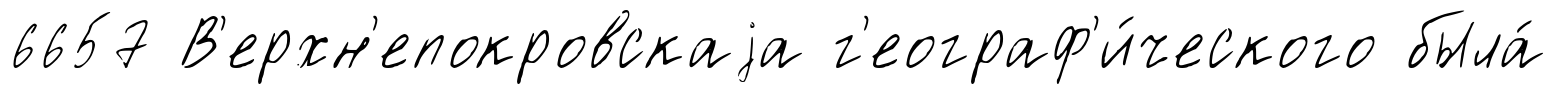
6657 В'ерхн'епокровскаjа г'еограф'и́ческого была́